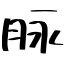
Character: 脉